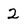
Character: 2